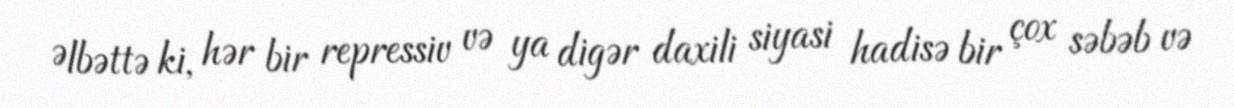
Əlbəttə ki, hər bir repressiv və ya digər daxili siyasi hadisə bir çox səbəb və